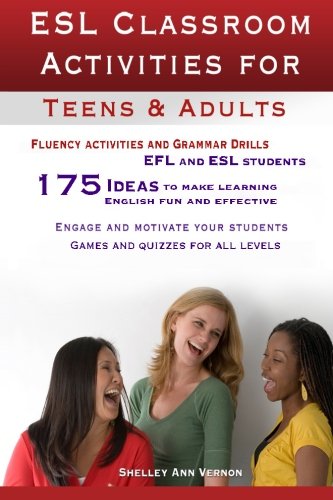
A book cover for ESL Classroom Activities for Teens and Adults: ESL games, fluency activities and grammar drills for EFL and ESL students.; Shelley Ann Vernon; Reference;